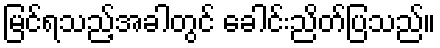
မြင်ရသည့်အခါတွင် ခေါင်းညိတ်ပြသည်။